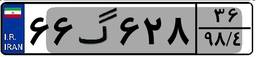
۳۸گ۳۹۹۷۶